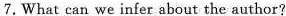
7.What can we infer about the author?